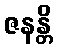
ဇနန္တိ